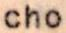
cho